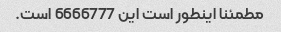
مطمئنا اینطور است این 6666777 است.